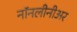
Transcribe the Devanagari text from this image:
नॉनलीनीअर